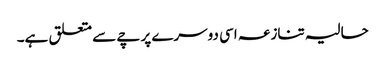
حالیہ تنازعہ اسی دوسرے پرچے سے متعلق ہے۔